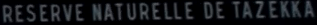
RESERVE-NATURELLE-DE-T